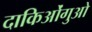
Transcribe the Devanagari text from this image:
दाकिओंगुओ